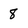
Character: 8